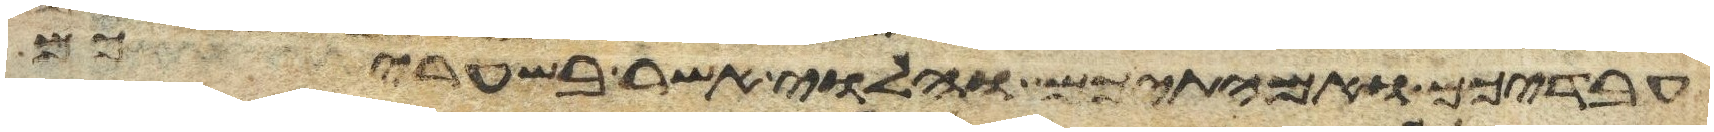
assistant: עבדיכם ואמתיכם והלוי אשר בשעריכם